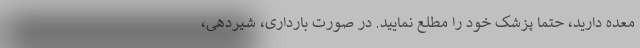
معده دارید، حتما پزشک خود را مطلع نمایید. در صورت بارداری، شیردهی،